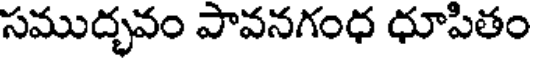
సముద్భవం పావనగంధ ధూపితం